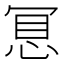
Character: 𢚞